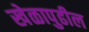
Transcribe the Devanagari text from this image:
खेळापुढील